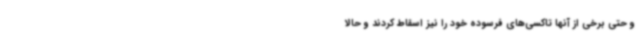
و حتی برخی از آنها تاکسی‌های فرسوده خود را نیز اسقاط کردند و حالا